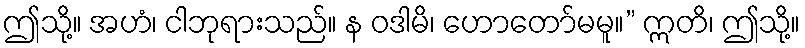
ဤသို့။ အဟံ၊ ငါဘုရားသည်။ န ဝဒါမိ၊ ဟောတော်မမူ။” ဣတိ၊ ဤသို့။